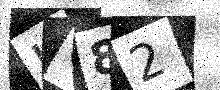
Text: KO82